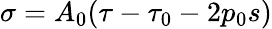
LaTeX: \sigma=A_{0}(\tau-\tau_{0}-2p_{0}s)